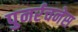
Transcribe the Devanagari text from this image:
पुनर्रचनेस